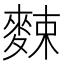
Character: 𪌶